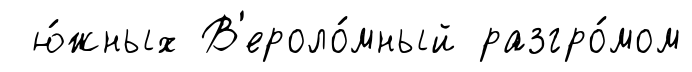
ю́жных В'ероло́мный разгро́мом